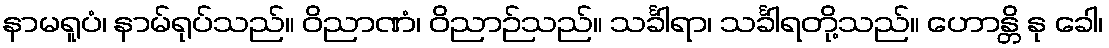
နာမရူပံ၊ နာမ်ရုပ်သည်။ ဝိညာဏံ၊ ဝိညာဉ်သည်။ သင်္ခါရာ၊ သင်္ခါရတို့သည်။ ဟောန္တိ နု ခေါ၊